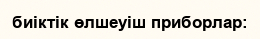
биіктік өлшеуіш приборлар: